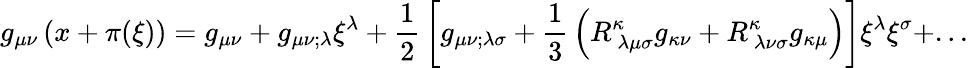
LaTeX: g_{\mu\nu}\left(x+\pi(\xi)\right)=g_{\mu\nu}+g_{\mu\nu;\lambda}\xi^{\lambda}+{\frac{1}{2}}\left[g_{\mu\nu;\lambda\sigma}+{\frac{1}{3}}\left(R_{~\lambda\mu\sigma}^{\kappa}g_{\kappa\nu}+R_{~\lambda\nu\sigma}^{\kappa}g_{\kappa\mu}\right)\right]\xi^{\lambda}\xi^{\sigma}+...